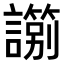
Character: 𧭀